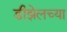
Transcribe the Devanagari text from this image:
डीझेलच्या